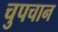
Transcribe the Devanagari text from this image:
चुपचान